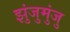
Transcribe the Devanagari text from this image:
झुंजुमुंजु